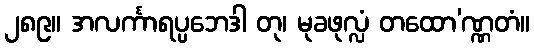
၂၈၉။ အလင်္ကာရပ္ပဘေဒါ တု၊ မုခဖုလ္လံ တထော’ဏ္ဏတံ။